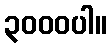
၃၀၀၀ပါ။